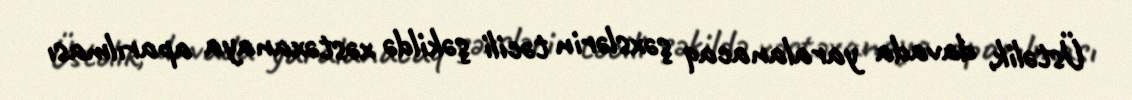
Üstəlik, davada yaralanacaq şəxslərin təcili şəkildə xəstəxanaya aparılması